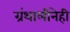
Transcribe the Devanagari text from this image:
ग्रंथालीनेही